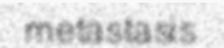
metastasis